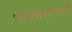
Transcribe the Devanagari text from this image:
भीष्मासारखी